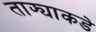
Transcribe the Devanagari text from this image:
ताफ्याकडे